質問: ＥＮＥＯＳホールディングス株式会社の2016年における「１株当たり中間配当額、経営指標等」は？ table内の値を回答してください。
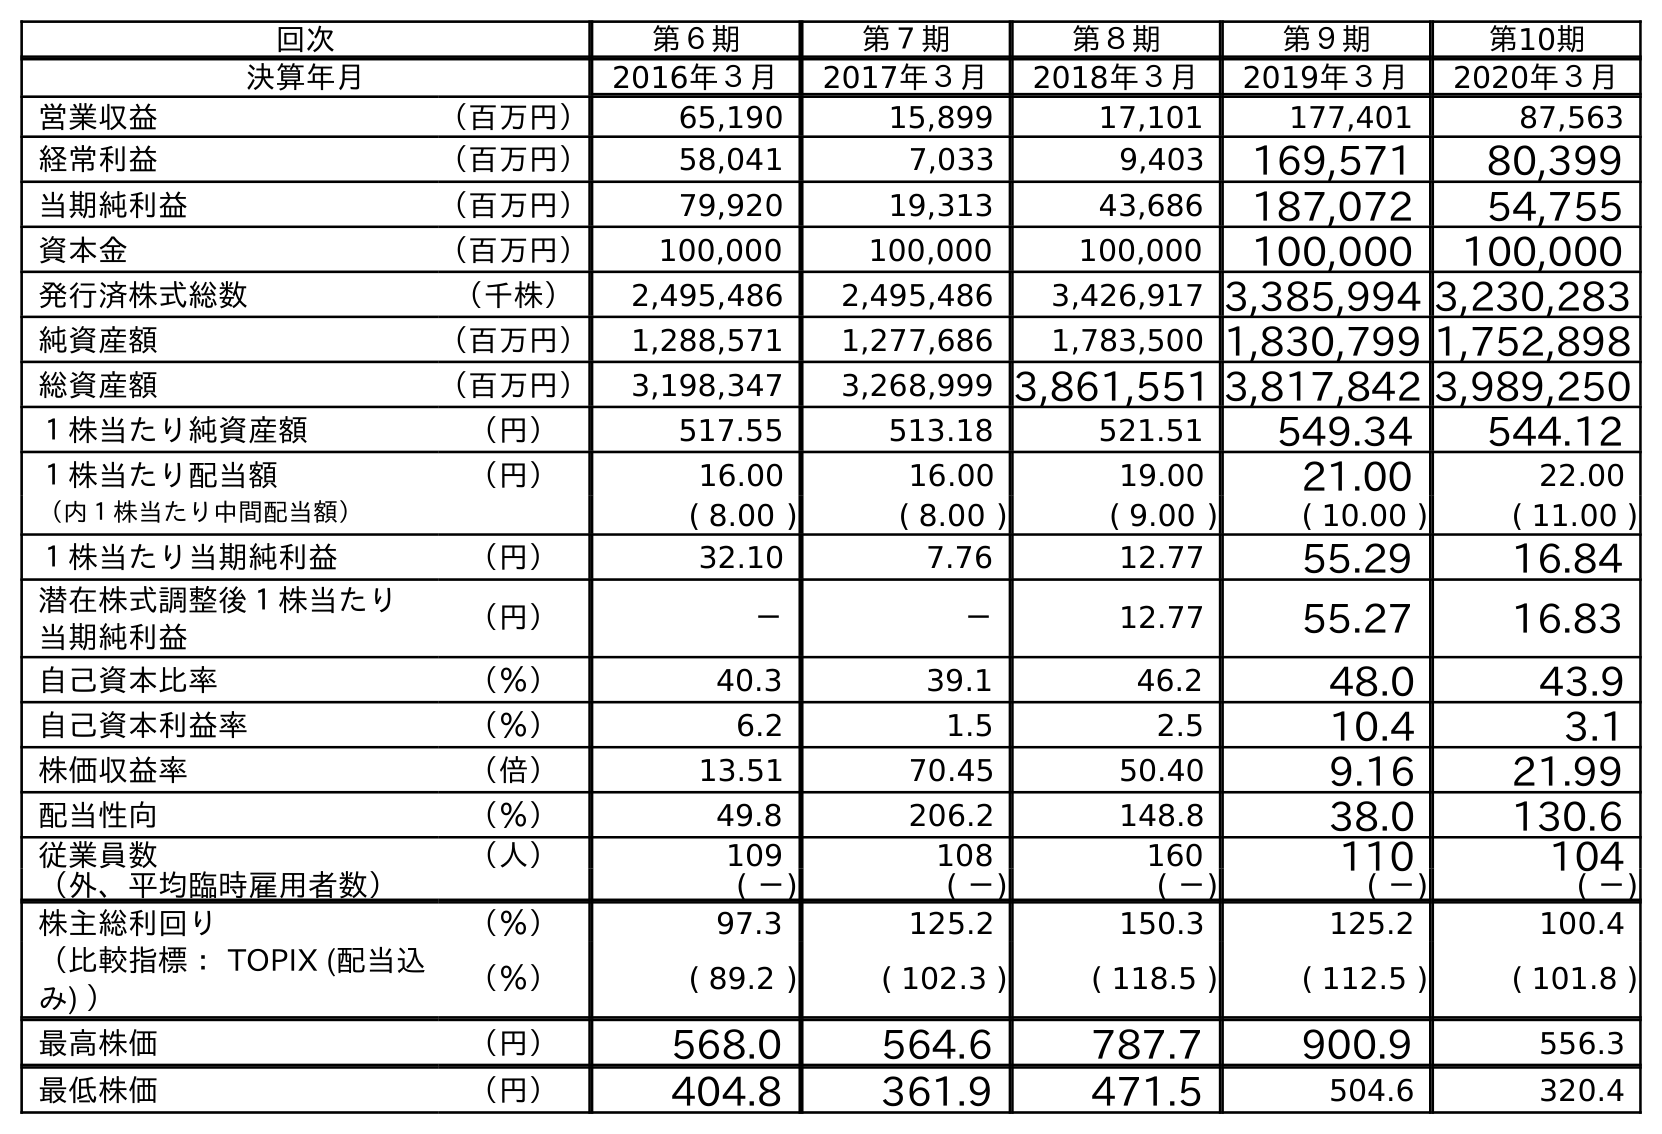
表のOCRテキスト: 回次 第６期 第７期 第８期 第９期 第10期 決算年月 2016年３月 2017年３月 2018年３月 2019年３月 2020年３月 営業収益 （百万円） 65,190 15,899 17,101 177,401 87,563 経常利益 （百万円） 58,041 7,033 9,403 169,571 80,399 当期純利益 （百万円） 79,920 19,313 43,686 187,072 54,755 資本金 （百万円） 100,000 100,000 100,000 100,000 100,000 発行済株式総数 （千株） 2,495,486 2,495,486 3,426,917 3,385,994 3,230,283 純資産額 （百万円） 1,288,571 1,277,686 1,783,500 1,830,799 1,752,898 総資産額 （百万円） 3,198,347 3,268,999 3,861,551 3,817,842 3,989,250 １株当たり純資産額 （円） 517.55 513.18 521.51 549.34 544.12 １株当たり配当額 （円） 16.00 16.00 19.00 21.00 22.00 （内１株当たり中間配当額） ( 8.00 ) ( 8.00 ) ( 9.00 ) ( 10.00 ) ( 11.00 ) １株当たり当期純利益 （円） 32.10 7.76 12.77 55.29 16.84 潜在株式調整後１株当たり 当期純利益 （円） － － 12.77 55.27 16.83 自己資本比率 （％） 40.3 39.1 46.2 48.0 43.9 自己資本利益率 （％） 6.2 1.5 2.5 10.4 3.1 株価収益率 （倍） 13.51 70.45 50.40 9.16 21.99 配当性向 （％） 49.8 206.2 148.8 38.0 130.6 従業員数 （人） 109 108 160 110 104 （外、平均臨時雇用者数） ( －) ( －) ( －) ( －) ( －) 株主総利回り （％） 97.3 125.2 150.3 125.2 100.4 （比較指標： TOPIX (配当込 み) ） （％） ( 89.2 ) ( 102.3 ) ( 118.5 ) ( 112.5 ) ( 101.8 ) 最高株価 （円） 568.0 564.6 787.7 900.9 556.3 最低株価 （円） 404.8 361.9 471.5 504.6 320.4
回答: (8.00)